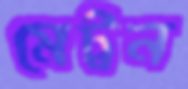
মেট্রন